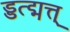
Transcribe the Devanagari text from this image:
ड्डत्द्मत्त्